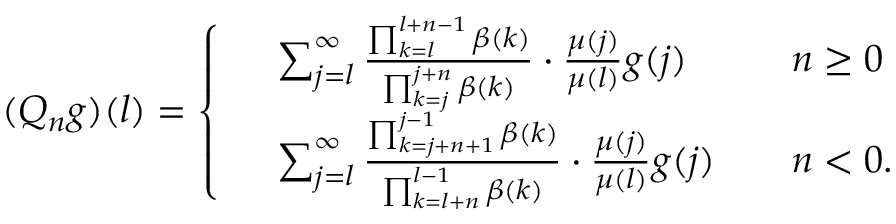
( Q _ { n } g ) ( l ) = \left\{ \begin{array} { r l r l } & { \sum _ { j = l } ^ { \infty } \frac { \prod _ { k = l } ^ { l + n - 1 } \beta ( k ) } { \prod _ { k = j } ^ { j + n } \beta ( k ) } \cdot \frac { \mu ( j ) } { \mu ( l ) } g ( j ) } & & { n \ge 0 } \\ & { \sum _ { j = l } ^ { \infty } \frac { \prod _ { k = j + n + 1 } ^ { j - 1 } \beta ( k ) } { \prod _ { k = l + n } ^ { l - 1 } \beta ( k ) } \cdot \frac { \mu ( j ) } { \mu ( l ) } g ( j ) } & & { n < 0 . } \end{array} \right.